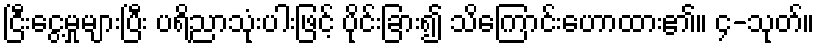
ငြီးငွေ့မှုများပြီး ပရိညာသုံးပါးဖြင့် ပိုင်းခြား၍ သိကြောင်းဟောထား၏။ ၄-သုတ်။